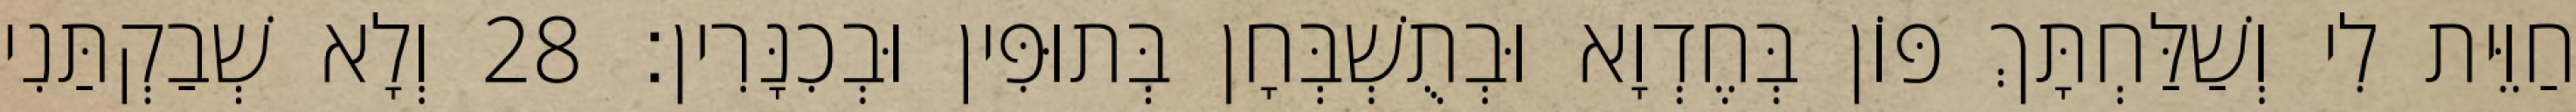
חַוֵּית לִי וְשַׁלַּחְתָּךְ פּוֹן בְּחֶדְוָא וּבְתֻשְׁבְּחָן בְּתוּפִּין וּבְכִנָּרִין׃ 28 וְלָא שְׁבַקְתַּנִי